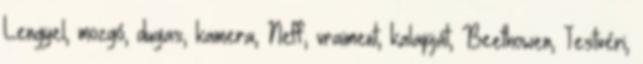
Lengyel, mozgó, dugas, kamera, Neff, vraiment, kalapját, Beethowen, Testvéri,